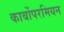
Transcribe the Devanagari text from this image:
कार्बोपरमियन